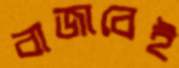
বাজাবেই